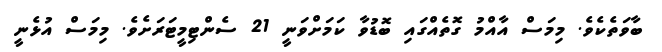
ބާވަތެކެވެ. މިމަސް އާއްމު ގޮތެއްގައި ބޮޑުވާ ކަމަށްވަނީ 21 ސެންޓިމީޓަރަށެވެ. މިމަސް އުޅެނީ